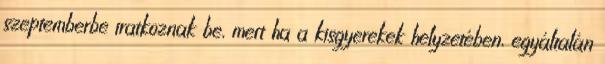
szeptemberbe iratkoznak be, mert ha a kisgyerekek helyzetében, egyáltalán